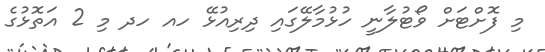
މި ފޮށްޓަށް ވޯޓުލާނީ ހުޅުމާލޭގައި ދިރިއުޅޭ ހއ ހދ މި 2 އަތޮޅުގެ